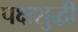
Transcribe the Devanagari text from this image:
पक्षशुद्धी